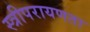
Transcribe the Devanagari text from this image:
स्त्रीपरायणता